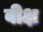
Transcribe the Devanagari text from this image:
वीक्ष